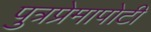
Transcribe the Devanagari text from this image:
पुत्रप्रेमापोटी